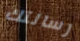
رسالتك